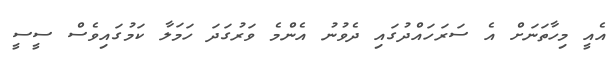
އެއީ މިހާތަނަށް އެ ސަރަހައްދުގައި ދެވުނު އެންމެ ވަރުގަދަ ހަމަލާ ކަމުގައިވެސް ސީސީ